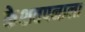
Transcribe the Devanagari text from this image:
केशवपनाला